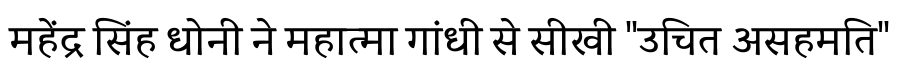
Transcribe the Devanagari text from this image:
महेंद्र सिंह धोनी ने महात्मा गांधी से सीखी "उचित असहमति"